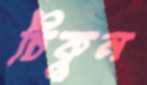
চিকুন